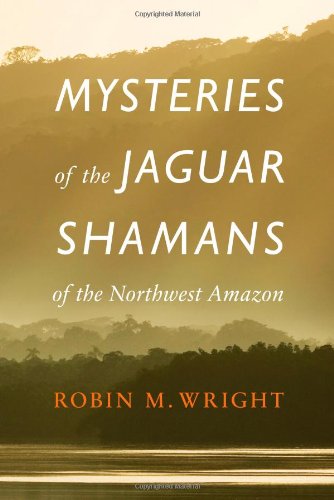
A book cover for Mysteries of the Jaguar Shamans of the Northwest Amazon; Robin M. Wright; Biographies & Memoirs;